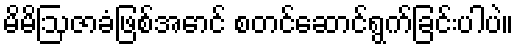
မိမိဩဇာခံဖြစ်အောင် စတင်ဆောင်ရွက်ခြင်းပါပဲ။